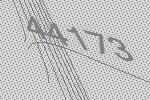
44173